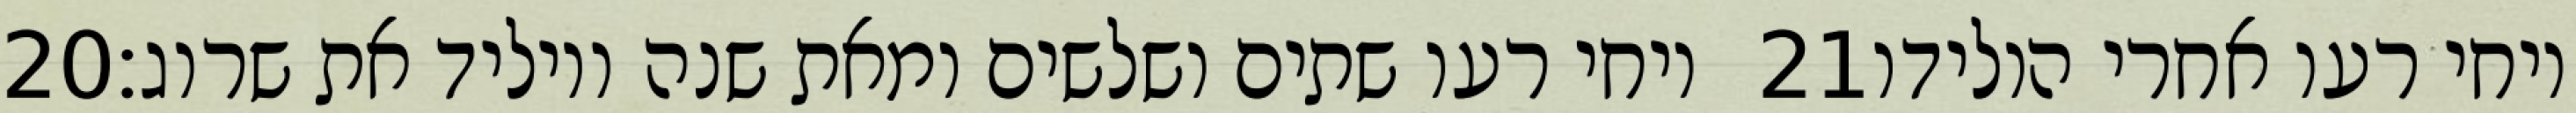
‎20‏ ויחי רעו שתים ושלשים ומאת שנה ויוליד את שרוג׃ ‎21‏ ויחי רעו אחרי הולידו